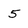
Character: 5